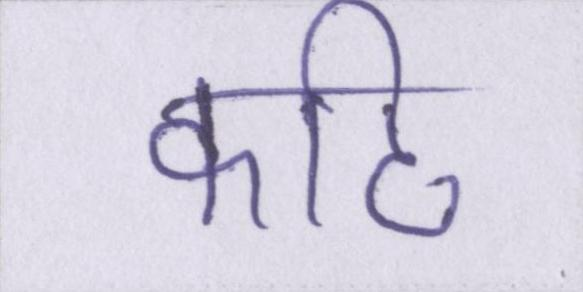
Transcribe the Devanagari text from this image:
कटि